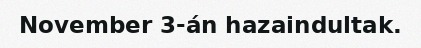
November 3-án hazaindultak.